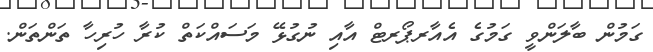
ގަމުން ބާލަންވީ ގަމުގެ އެއާރޕޯރޓް އާއި ނުގުޅޭ މަސައްކަތް ކުރާ ހުރިހާ ތަންތަން.